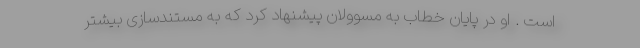
است . او در پایان خطاب به مسوولان پیشنهاد کرد که به مستندسازی بیشتر